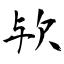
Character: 欤